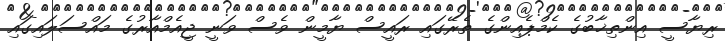
ރިޔާސީ އިންތިޚާބުގެ ކެމްޕެއިންގެ ތެރޭގައި ރައީސް ޔާމީން ވެސް ވަނީ ޖީއެމްއާރުގެ މައްސަލައިގައި